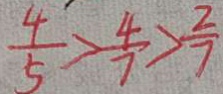
\frac { 4 } { 5 } > \frac { 4 } { 7 } > \frac { 2 } { 7 }